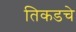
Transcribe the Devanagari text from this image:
तिकडचे